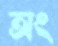
অং